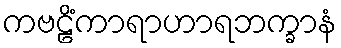
ကဗဠိံကာရာဟာရဘက္ခာနံ